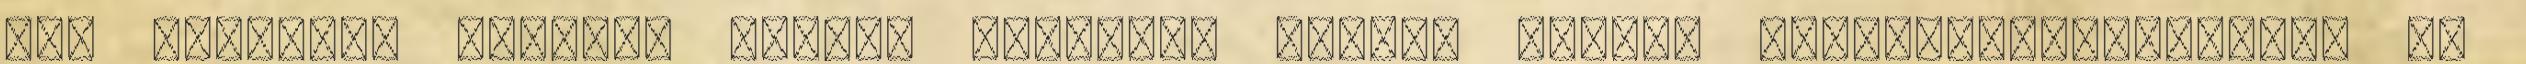
nem egyhamar hagyják békén. Másrészt afféle szolid „féltékenységfélét” is